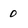
Character: 0